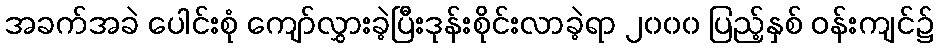
အခက်အခဲ ပေါင်းစုံ ကျော်လွှားခဲ့ပြီးဒုန်းစိုင်းလာခဲ့ရာ ၂၀၀၀ ပြည့်နှစ် ဝန်းကျင်၌